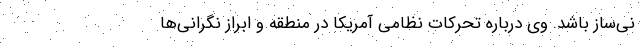
نی‌ساز باشد. وی درباره تحرکات نظامی آمریکا در منطقه و ابراز نگرانی‌ها